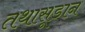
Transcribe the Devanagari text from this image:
तथासूडान